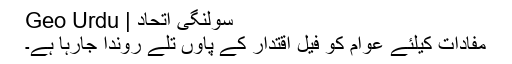
سولنگی اتحاد | Geo Urdu
مفادات کیلئے عوام کو فیلِ اقتدار کے پاوں تلے روندا جارہا ہے۔